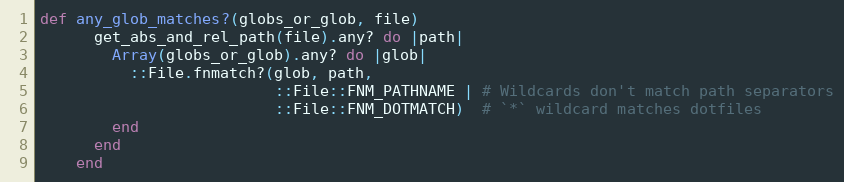
Language: Ruby
def any_glob_matches?(globs_or_glob, file)
      get_abs_and_rel_path(file).any? do |path|
        Array(globs_or_glob).any? do |glob|
          ::File.fnmatch?(glob, path,
                          ::File::FNM_PATHNAME | # Wildcards don't match path separators
                          ::File::FNM_DOTMATCH)  # `*` wildcard matches dotfiles
        end
      end
    end